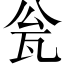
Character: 瓮